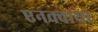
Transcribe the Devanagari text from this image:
एनक्वायर